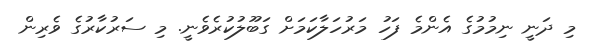
މި ދަނީ ނިމުމުގެ އެންމެ ފަހު މަރުހަލާކަމަށް ގަބޫލުކުރެވެނީ. މި ސަރުކާރުގެ ވެރިން